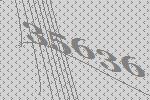
35636